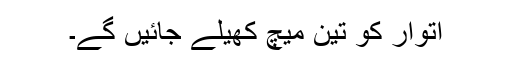
اتوار کو تین میچ کھیلے جائیں گے۔